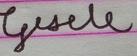
Signature authenticity: forged